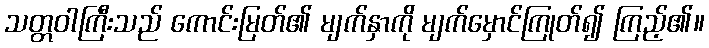
သတ္တဝါကြီးသည် ကောင်းမြတ်၏ မျက်နှာကို မျက်မှောင်ကြုတ်၍ ကြည့်၏။